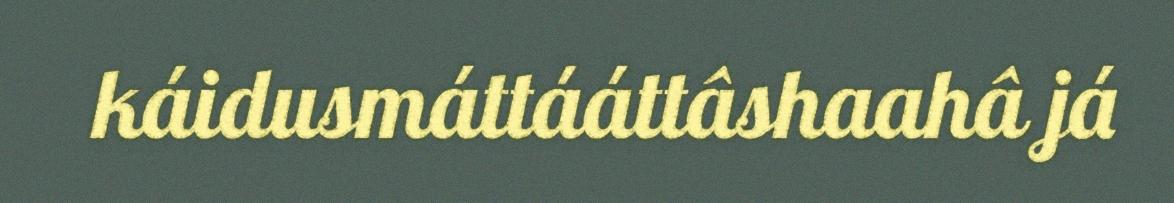
káidusmáttááttâshaahâ já